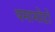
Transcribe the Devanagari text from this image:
यमामोटो